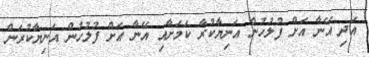
އަދި އޭނާ އަށް ފުލުހުން އަނިޔާކުރާ ކަމަށާއި އޭނާ އަށް ފުލުހުން އަނިޔާކުރަން